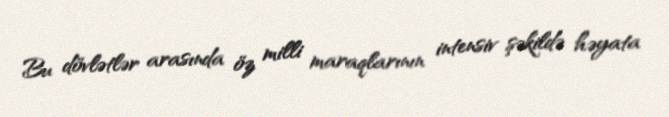
Bu dövlətlər arasında öz milli maraqlarının intensiv şəkildə həyata